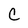
Character: C